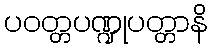
ပဝတ္တပဏ္ဍုပတ္တာနိ